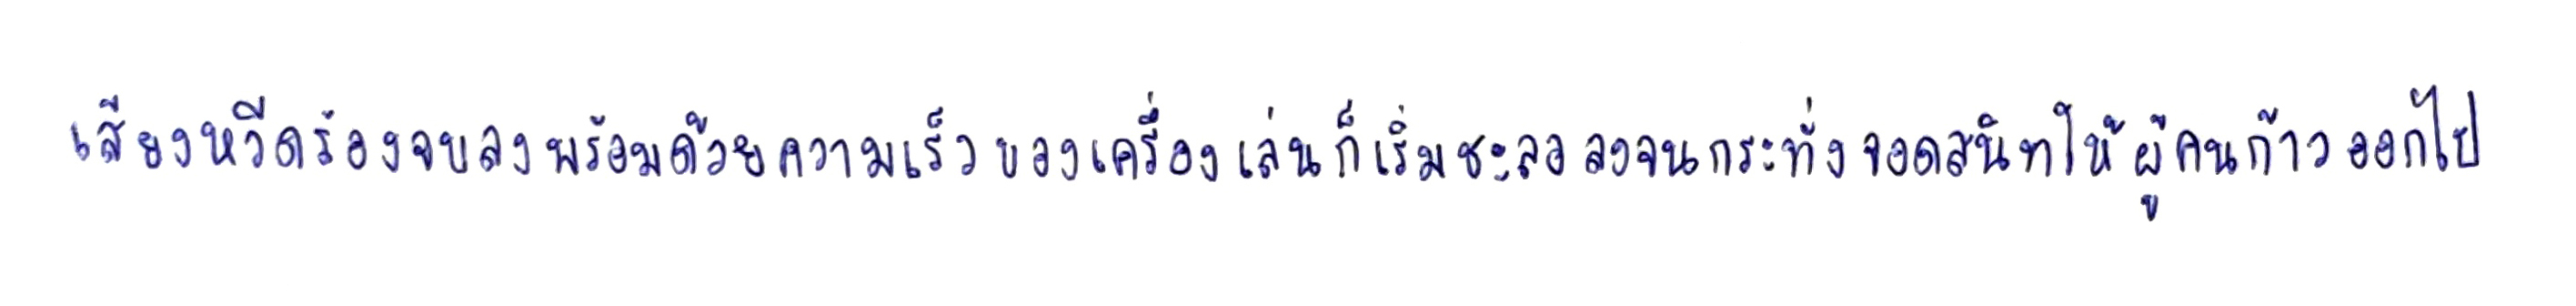
เสียงหวีดร้องจบลงพร้อมด้วยความเร็วของเครื่องเล่นก็เริ่มชะลอลงจนกระทั่งจอดสนิทให้ผู้คนก้าวออกไป